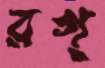
রগ্‌